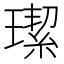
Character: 𤩦